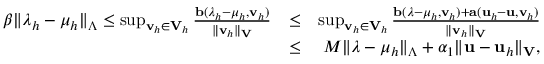
\begin{array} { r l r } { \beta \| \boldsymbol \lambda _ { h } - \boldsymbol \mu _ { h } \| _ { \boldsymbol \Lambda } \leq \operatorname* { s u p } _ { { \bf v } _ { h } \in { \bf V } _ { h } } \frac { { \bf b } ( \boldsymbol \lambda _ { h } - \boldsymbol \mu _ { h } , { \bf v } _ { h } ) } { \| { \bf v } _ { h } \| _ { \bf V } } } & { \leq } & { \operatorname* { s u p } _ { { \bf v } _ { h } \in { \bf V } _ { h } } \frac { { \bf b } ( \boldsymbol \lambda - \boldsymbol \mu _ { h } , { \bf v } _ { h } ) + { \bf a } ( { \bf u } _ { h } - { \bf u } , { \bf v } _ { h } ) } { \| { \bf v } _ { h } \| _ { \bf V } } } \\ & { \leq } & { M \| \boldsymbol \lambda - \boldsymbol \mu _ { h } \| _ { \boldsymbol \Lambda } + \alpha _ { 1 } \| { \bf u } - { \bf u } _ { h } \| _ { \bf V } , } \end{array}